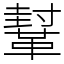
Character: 鞤